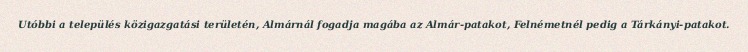
Utóbbi a település közigazgatási területén, Almárnál fogadja magába az Almár-patakot, Felnémetnél pedig a Tárkányi-patakot.